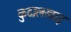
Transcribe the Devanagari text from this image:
कुदालखाड़